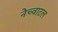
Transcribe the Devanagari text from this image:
नेच्वाटल